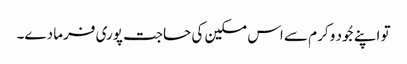
تو اپنے جُود و کرم سے اس مسکین کی حاجت پوری فرما دے۔